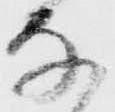
な